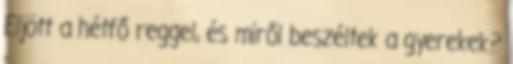
Eljött a hétfő reggel, és miről beszéltek a gyerekek?